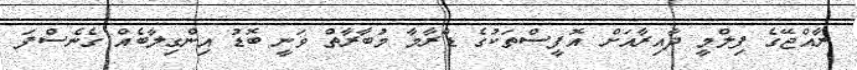
ރާއްޖޭގެ ފިލްމީ ދާއިރާއަށް އޮފީސްތަކުގެ ޑްރާމާ މުބާރާތް ވަނީ ބޮޑު އިންގިލާބެއް ގެނެސްފަ